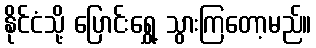
နိုင်ငံသို့ ပြောင်းရွှေ့ သွားကြတော့မည်။